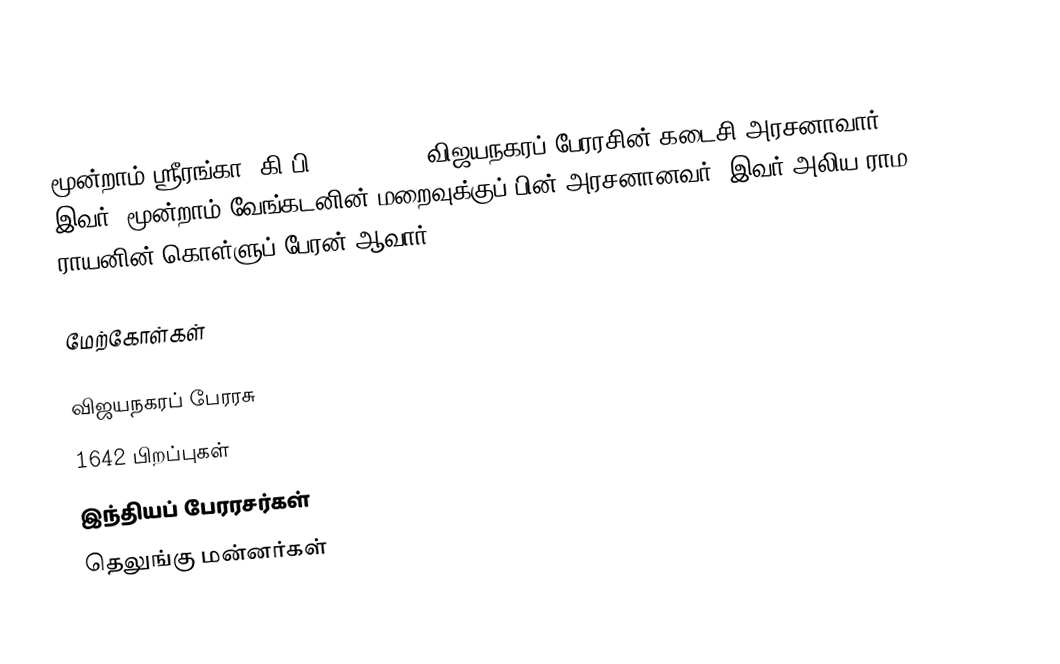
மூன்றாம் ஸ்ரீரங்கா (கி.பி. 1642-1652) விஜயநகரப் பேரரசின் கடைசி அரசனாவார். இவர், மூன்றாம் வேங்கடனின் மறைவுக்குப் பின் அரசனானவர். இவர் அலிய ராம ராயனின் கொள்ளுப் பேரன் ஆவார்.

மேற்கோள்கள்

விஜயநகரப் பேரரசு
1642 பிறப்புகள்
இந்தியப் பேரரசர்கள்
தெலுங்கு மன்னர்கள்